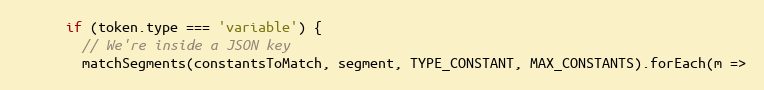
Language: JavaScript
      if (token.type === 'variable') {
        // We're inside a JSON key
        matchSegments(constantsToMatch, segment, TYPE_CONSTANT, MAX_CONSTANTS).forEach(m =>